Report on sanitation, dispensaries, and jails in Rajputana for 1913, and on vaccination for the year 1913-1914 - 1913-1914
Year: 1913
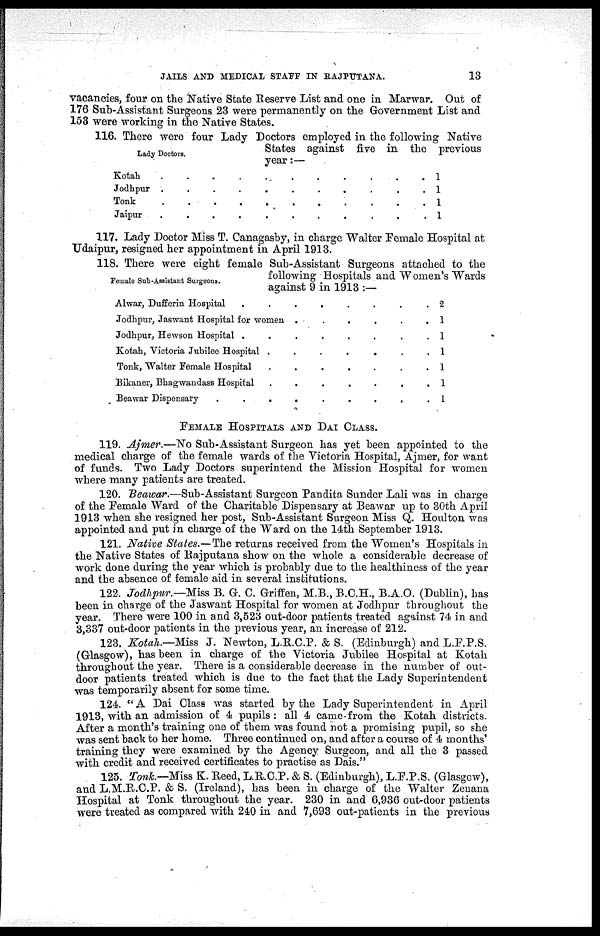
JAILS AND MEDICAL STAFF IN RAJPUTANA.
13
vacancies, four on the Native State Reserve List and one in Marwar. Out of
176 Sub-Assistant Surgeons 23 were permanently on the Government List and
153 were working in the Native States.
Lady Doctors.
116. There were four Lady Doctors employed in the following Native
States against five in the previous
year:—
Kotah
.
.
.
.
.
.
Jodhpur . . . . .
Tonk . . . . . .
Jaipur . . . . . .
1
1
1
1
117. Lady Doctor Miss T. Canagasby, in charge Walter Female Hospital at
Udaipur, resigned her appointment in April 1913.
Female Sab-Assistant Surgeons.
118. There were eight female Sub-Assistant Surgeons attached to the
following Hospitals and Women's Wards
against 9 in 1913 :—
Alwar, Dufferin Hospital
.
.
.
.
.
.
.
.
Jodhpur, Jaswant Hospital for women
.
.
.
.
Jodhpur, Hewson Hospital
.
.
.
.
.
Kotah, Victoria Jubilee Hospital . . . . .
Tonk, Walter Female Hospital . . . .
Bikaner, Bhagwandass Hospital . . .
Beawar Dispensary . . . . . . .
2
1
1
1
1
1
1
FEMALE HOSPITALS AND DAI CLASS.
119. Ajmer.—No Sub-Assistant Surgeon has yet been appointed to the
medical charge of the female wards of the Victoria Hospital, Ajmer, for want
of funds. Two Lady Doctors superintend the Mission Hospital for women
where many patients are treated.
120. Beawar.—Sub-Assistant Surgeon Pandita Sunder Lali was in charge
of the Female Ward of the Charitable Dispensary at Beawar up to 30th April
1913 when she resigned her post, Sub-Assistant Surgeon Miss Q. Houlton was
appointed and put in charge of the Ward on the 14th September 1913.
121. Native States.—The returns received from the Women's Hospitals in
the Native States of Rajputana show on the whole a considerable decrease of
work done during the year which is probably due to the healthiness of the year
and the absence of female aid in several institutions.
122. Jodhpur.— Miss B. G. C. Griffen, M.B., B.C.H., B.A.O. (Dublin), has
been in charge of the Jaswant Hospital for women at Jodhpur throughout the
year. There were 100 in and 3,523 out-door patients treated against 74 in and
3,337 out-door patients in the previous year, an increase of 212.
123. Kotah.—Miss J. Newton, L.R.C.P. & S. (Edinburgh) and L.F.P.S.
(Glasgow), has been in charge of the Victoria Jubilee Hospital at Kotah
throughout the year. There is a considerable decrease in the number of out-
door patients treated which is due to the fact that the Lady Superintendent
was temporarily absent for some time.
124. "A Dai Class was started by the Lady Superintendent in April
1913, with an admission of 4 pupils : all 4 came from the Kotah districts.
After a month's training one of them was found not a promising pupil, so she
was sent back to her home. Three continued on, and after a course of 4 months'
training they were examined by the Agency Surgeon, and all the 3 passed
with credit and received certificates to practise as Dais."
125. Tonk.—Miss K. Reed, L.R.C.P. & S. (Edinburgh), L.F.P.S. (Glasgow),
and L.M.R.C.P. & S. (Ireland), has been in charge of the Walter Zenana
Hospital at Tonk throughout the year. 230 in and 6,936 out-door patients
were treated as compared with 240 in and 7,693 out-patients in the previous